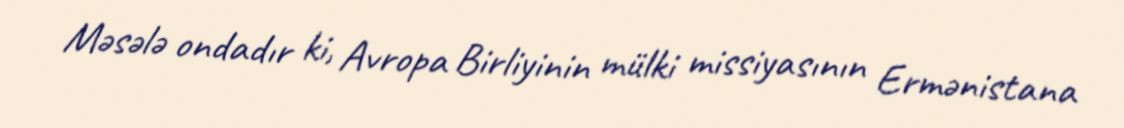
Məsələ ondadır ki, Avropa Birliyinin mülki missiyasının Ermənistana